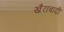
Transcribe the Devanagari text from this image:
ख़ैराबादी